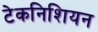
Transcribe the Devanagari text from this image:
टेकनिशियन